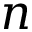
n